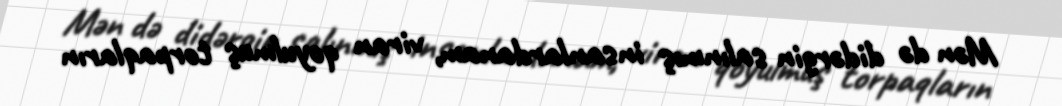
Mən də didərgin salınmış insanlardanam, viran qoyulmuş torpaqların